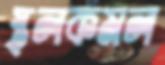
স্থলকমল